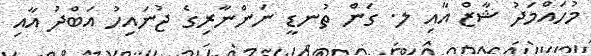
މުހައްމަދު ޝާޒް އާއި ލ. ގަން ތުނޑީ ނަންނާރިގެ ޖުނައިހު އަބްދު އާއި